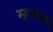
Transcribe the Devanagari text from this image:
म्‍हणल